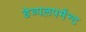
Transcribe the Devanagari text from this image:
डेव्पलपमेंन्ट